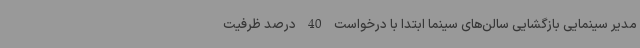
مدیر سینمایی بازگشایی سالن‌های سینما ابتدا با درخواست 40 درصد ظرفیت